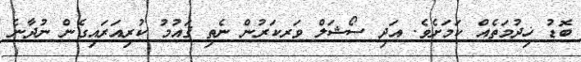
ބޮޑު ޚިދުމަތެއް ކަމަށެވެ. އަދި ސޯޝަލް ވަރކަރުން ނެތި ޤައުމު ކުރިއަރައިގެން ނުދާނެ